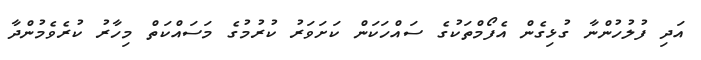
އަދި ފުލުހުންނާ ގުޅިގެން އެފޯމްތަކުގެ ސައްހަކަން ކަށަވަރު ކުރުމުގެ މަސައްކަތް މިހާރު ކުރެވެމުންދާ